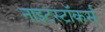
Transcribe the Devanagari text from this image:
नाइटस्टॉकर्स